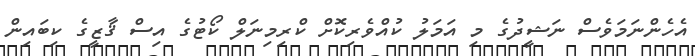
އެހެންނަމަވެސް ނަޝީދުގެ މި އަމަލު ކުއްވެރިކޮށް ކްރިމިނަލް ކޯޓުގެ އިސް ޤާޒީގެ ކިބައިން